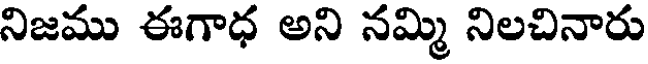
నిజము ఈగాధ అని నమ్మి నిలచినారు